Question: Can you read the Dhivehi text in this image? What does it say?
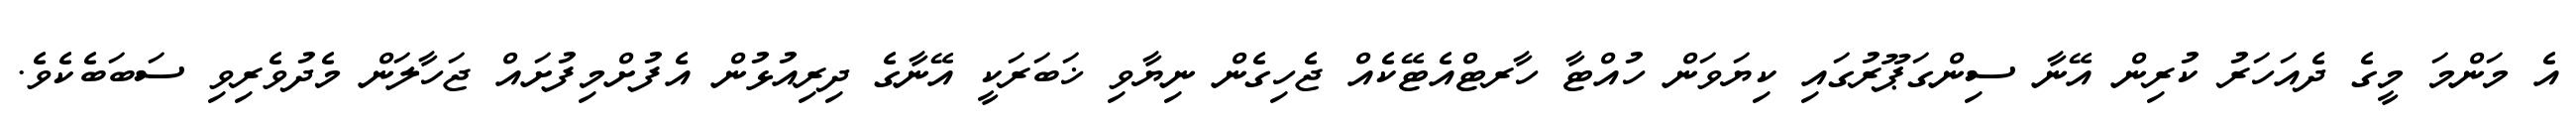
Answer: އެ މަންމަ މީގެ ދެއަހަރު ކުރިން އޭނާ ސިންގަޕޫރުގައި ކިޔަވަން ހުއްޓާ ހާރޓްއެޓޭކެއް ޖެހިގެން ނިޔާވި ޚަބަރަކީ އޭނާގެ ދިރިއުޅުން އެފުށްމިފުށައް ޖަހާލަން މެދުވެރިވި ސަބަބެކެވެ.